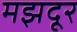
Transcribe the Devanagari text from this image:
मझदूर